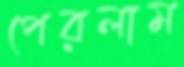
পেরলাম